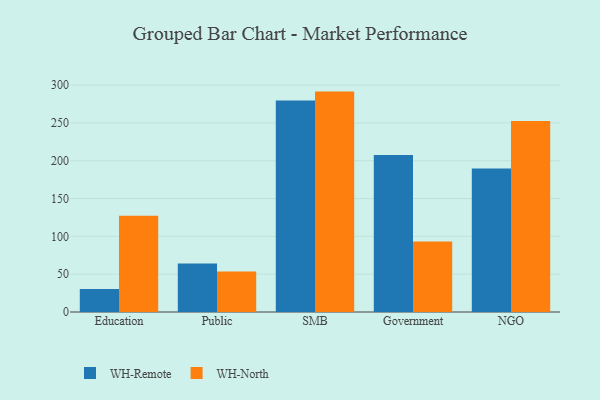
{"axis": {"x": "Segment", "y": "Net Income (USD K)"}, "legend": ["WH-North", "WH-Remote"], "data": [{"x": "Education", "y": 30.4, "type": "WH-Remote"}, {"x": "Education", "y": 127.4, "type": "WH-North"}, {"x": "Public", "y": 64.0, "type": "WH-Remote"}, {"x": "Public", "y": 53.5, "type": "WH-North"}, {"x": "SMB", "y": 279.5, "type": "WH-Remote"}, {"x": "SMB", "y": 291.4, "type": "WH-North"}, {"x": "Government", "y": 207.7, "type": "WH-Remote"}, {"x": "Government", "y": 93.2, "type": "WH-North"}, {"x": "NGO", "y": 189.6, "type": "WH-Remote"}, {"x": "NGO", "y": 252.6, "type": "WH-North"}]}